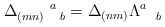
\begin{align*}\Delta _{(mn)\quad b}^{\quad \quad a}=\Delta _{(nm)}\Lambda _{\quad b}^{a}\end{align*}